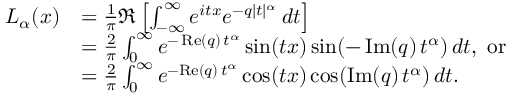
{ \begin{array} { r l } { L _ { \alpha } ( x ) } & { = { \frac { 1 } { \pi } } \Re \left[ \int _ { - \infty } ^ { \infty } e ^ { i t x } e ^ { - q | t | ^ { \alpha } } \, d t \right] } \\ & { = { \frac { 2 } { \pi } } \int _ { 0 } ^ { \infty } e ^ { - \operatorname { R e } ( q ) \, t ^ { \alpha } } \sin ( t x ) \sin ( - \operatorname { I m } ( q ) \, t ^ { \alpha } ) \, d t , { \mathrm { ~ o r ~ } } } \\ & { = { \frac { 2 } { \pi } } \int _ { 0 } ^ { \infty } e ^ { - { \mathrm { R e } } ( q ) \, t ^ { \alpha } } \cos ( t x ) \cos ( \operatorname { I m } ( q ) \, t ^ { \alpha } ) \, d t . } \end{array} }